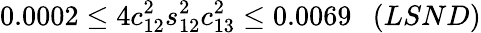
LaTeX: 0.0002\leq 4c_{12}^{2}s_{12}^{2}c_{13}^{2}\leq 0.0069~~~(LSND)